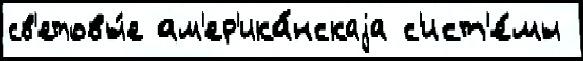
св'етовы́е ам'ер'ика́нскаjа с'ист'е́мы